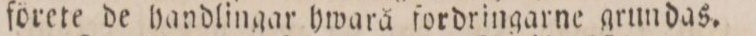
förete de handlingar hwarå fordringarne grundas.